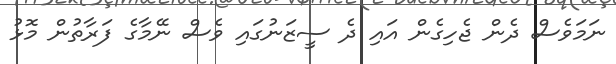
ނަމަވެސް ދެން ޖެހިގެން އައި ދެ ސީޒަނުގައި ވެސް ނޭމާގެ ފަރާތުން މޮޅު